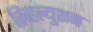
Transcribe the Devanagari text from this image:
रिव्हल्युशन